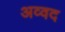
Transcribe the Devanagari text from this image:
अव्वद